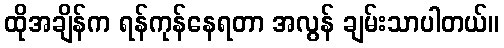
ထိုအချိန်က ရန်ကုန်နေရတာ အလွန် ချမ်းသာပါတယ်။